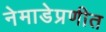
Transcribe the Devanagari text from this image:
नेमाडेप्रणीत